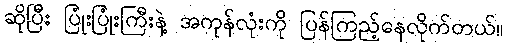
ဆိုပြီး ပြုံးပြုံးကြီးနဲ့ အကုန်လုံးကို ပြန်ကြည့်နေလိုက်တယ်။